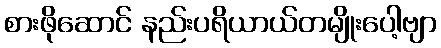
စားဖိုဆောင် နည်းပရိယာယ်တမျိုးပေါ့ဗျာ